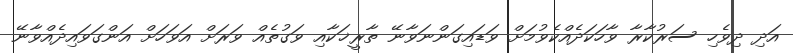
އަދި ދިވެހި ސަރުކާރާ ވާހަކަދެއްކެވުމަށް ވަޑައިގަންނަވާނޭ ތާރީޚަކާއި ވަގުތެއް ވަރަށް އަވަހަށް އަންގަވައިދެއްވާނޭ